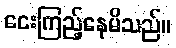
ငေးကြည့်နေမိသည်။